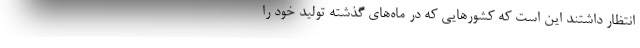
انتظار داشتند این است که کشور‌هایی که در ماه‌های گذشته تولید خود را